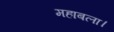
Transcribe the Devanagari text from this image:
महाबला।